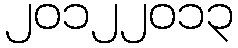
၂၀၁၂၂၀၁၃